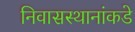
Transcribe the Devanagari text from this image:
निवासस्थानांकडे